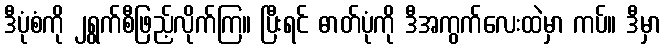
ဒီပုံစံကို ၂ရွက်စီဖြည့်လိုက်ကြ။ ပြီးရင် ဓာတ်ပုံကို ဒီအကွက်လေးထဲမှာ ကပ်။ ဒီမှာ